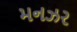
મનઝર